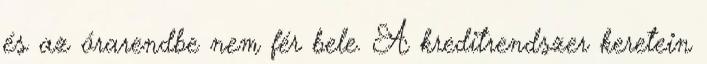
és az órarendbe nem fér bele. A kreditrendszer keretein